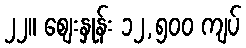
၂၂။ စျေးနှုန်း ၁၂,၅၀၀ ကျပ်